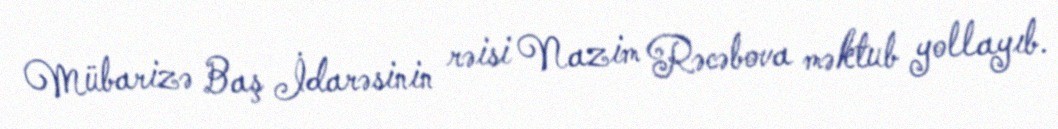
Mübarizə Baş İdarəsinin rəisi Nazim Rəcəbova məktub yollayıb.